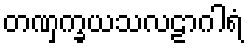
တဏှက္ခယသလဠာဂါရံ